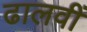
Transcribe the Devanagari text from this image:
ढालवीं